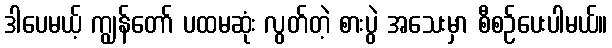
ဒါပေမယ့် ကျွန်တော် ပထမဆုံး လွတ်တဲ့ စားပွဲ အသေးမှာ စီစဉ်ပေးပါမယ်။